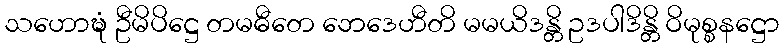
သဟောဍ္ဎံ ဦမိပိဋ္ဌေ တမဓီတေ ဘေဒေဟီတိ မမယိဒန္တိ ဥဒပါဒိန္တိ ဝိမုစ္စနဋ္ဌော